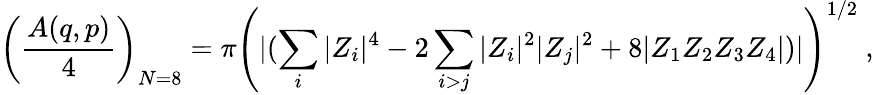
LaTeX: \left({\frac{A(q,p)}{4}}\right)_{N=8}=\pi\left({|(\sum_{i}|Z_{i}|^{4}-2\sum_{i>j}|Z_{i}|^{2}|Z_{j}|^{2}+8|Z_{1}Z_{2}Z_{3}Z_{4}|})|\right)^{1/2}\ ,